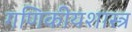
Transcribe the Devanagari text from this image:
गणिकीयशास्त्र